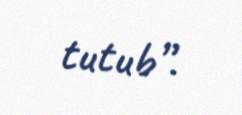
tutub”.